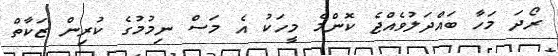
ރޯދަ މަހާ ބައްދަލުވެއްޖެ ކޮންމެ މީހަކު އެ މަސް ނިމުމުގެ ކުރިން ޒަކާތް